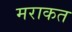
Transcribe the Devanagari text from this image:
मराकत